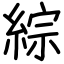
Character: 綜